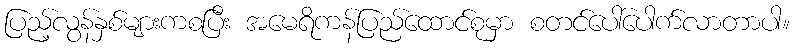
ပြည့်လွန်နှစ်များကစပြီး အမေရိကန်ပြည်ထောင်စုမှာ စတင်ပေါ်ပေါက်လာတာပါ။